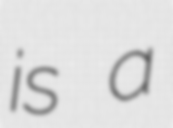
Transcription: is a